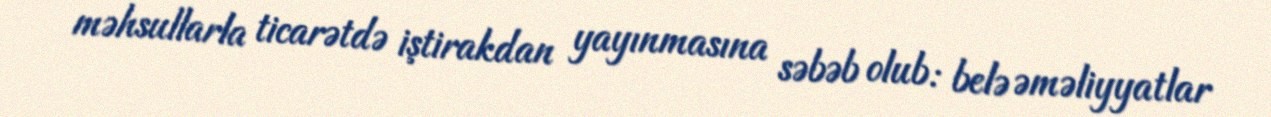
məhsullarla ticarətdə iştirakdan yayınmasına səbəb olub: belə əməliyyatlar